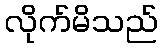
လိုက်မိသည်